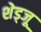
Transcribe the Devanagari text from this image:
शेड्जू